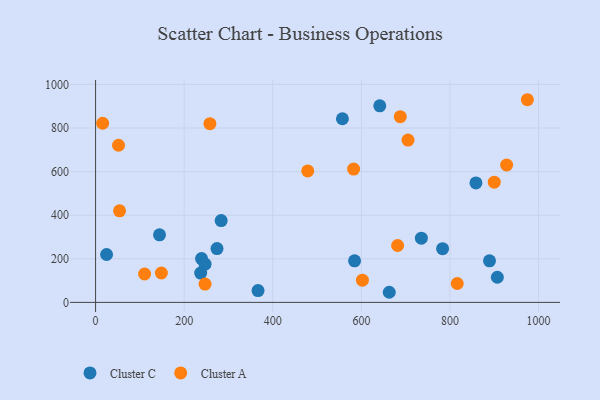
{"axis": {"x": "Engine Size", "y": "Exam Score"}, "legend": ["Cluster A", "Cluster C"], "data": [{"x": "662.9", "y": 46.4, "type": "Cluster C"}, {"x": "144.3", "y": 310.2, "type": "Cluster C"}, {"x": "735.4", "y": 294.5, "type": "Cluster C"}, {"x": "584.6", "y": 190.5, "type": "Cluster C"}, {"x": "366.7", "y": 54.0, "type": "Cluster C"}, {"x": "239.2", "y": 201.0, "type": "Cluster C"}, {"x": "783.3", "y": 246.6, "type": "Cluster C"}, {"x": "858.6", "y": 548.0, "type": "Cluster C"}, {"x": "889.2", "y": 190.9, "type": "Cluster C"}, {"x": "237.2", "y": 134.3, "type": "Cluster C"}, {"x": "283.5", "y": 375.6, "type": "Cluster C"}, {"x": "641.5", "y": 902.1, "type": "Cluster C"}, {"x": "906.9", "y": 115.3, "type": "Cluster C"}, {"x": "557.2", "y": 842.7, "type": "Cluster C"}, {"x": "274.1", "y": 247.1, "type": "Cluster C"}, {"x": "24.8", "y": 219.8, "type": "Cluster C"}, {"x": "247.1", "y": 175.5, "type": "Cluster C"}, {"x": "258.1", "y": 820.0, "type": "Cluster A"}, {"x": "110.6", "y": 130.3, "type": "Cluster A"}, {"x": "705.3", "y": 744.6, "type": "Cluster A"}, {"x": "974.7", "y": 929.9, "type": "Cluster A"}, {"x": "681.8", "y": 261.0, "type": "Cluster A"}, {"x": "602.3", "y": 101.7, "type": "Cluster A"}, {"x": "816.4", "y": 86.7, "type": "Cluster A"}, {"x": "687.8", "y": 852.1, "type": "Cluster A"}, {"x": "899.9", "y": 551.7, "type": "Cluster A"}, {"x": "478.9", "y": 603.0, "type": "Cluster A"}, {"x": "148.5", "y": 134.9, "type": "Cluster A"}, {"x": "927.9", "y": 630.3, "type": "Cluster A"}, {"x": "51.8", "y": 721.0, "type": "Cluster A"}, {"x": "582.5", "y": 611.8, "type": "Cluster A"}, {"x": "54.1", "y": 420.3, "type": "Cluster A"}, {"x": "247.1", "y": 83.8, "type": "Cluster A"}, {"x": "15.9", "y": 822.0, "type": "Cluster A"}]}